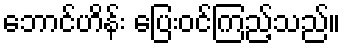
ဘောင်ဟိန်း ပြေးဝင်ကြည့်သည်။